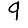
Digit: 9